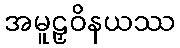
အမူဠှဝိနယဿ